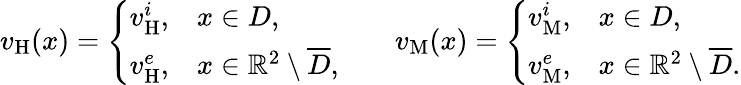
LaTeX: \begin{array}{r}{v_{\mathrm{H}}(x)=\left\{ \begin{array}{ll}{v_{\mathrm{H}}^{i},}&{x\in D,}\\ {v_{\mathrm{H}}^{e},}&{x\in\mathbb{R}^{2}\setminus\overline{{D}},}\end{array}\right.\qquad v_{\mathrm{M}}(x)=\left\{ \begin{array}{ll}{v_{\mathrm{M}}^{i},}&{x\in D,}\\ {v_{\mathrm{M}}^{e},}&{x\in\mathbb{R}^{2}\setminus\overline{{D}}.}\end{array}\right.}\end{array}